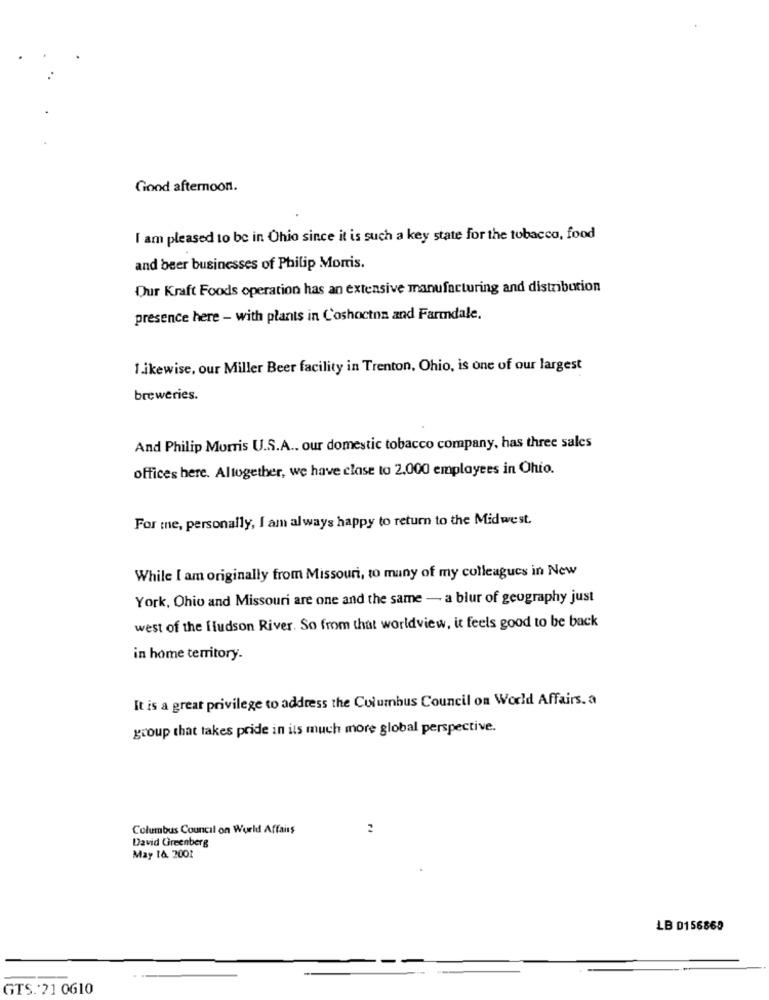
Good afternoon.
I am pleased to be in Ohio since it is such a key state for the tobacco, food
and beer businesses of Philip Morris.
Our Kraft Foods operation has an extensive manufacturing and distribution
presence here - with plants in Coshocton and Farmdale,
1.ikewise, our Miller Beer facility in Trenton, Ohio, is one of our largest
breweries.
And Philip Morris U.S.A .. our domestic tobacco company, has three sales
offices here. Altogether, we have close to 2,000 employees in Ohio.
For me, personally, I am always happy to return to the Midwest.
While I am originally from Missouri, to many of my colleagues in New
York, Ohio and Missouri are one and the same - a blur of geography just
west of the Hudson River. So from that worldview, it feels good to be back
in home territory.
It is a great privilege to address the Columbus Council on World Affairs. a
group that takes pride in its much more global perspective.
Columbus Council on World Affairs
David Greenberg
May I&. 2001
LB 0156865
GTS. 21 0G10